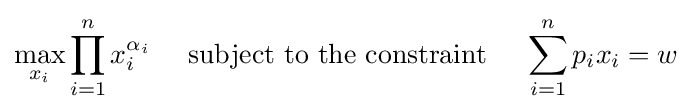
\max _{x_{i}}\prod _{i=1}^{n}x_{i}^{\alpha _{i}}\quad {\text{ subject to the constraint }}\quad \sum _{i=1}^{n}p_{i}x_{i}=w